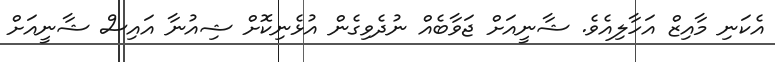
އެކަނި މާއިޒް އަހާލިއެވެ. ޝާނީއަށް ޖަވާބެއް ނުދެވިގެން އުޅެނިކޮށް ޝިއުނާ އައިސް ޝާނީއަށް